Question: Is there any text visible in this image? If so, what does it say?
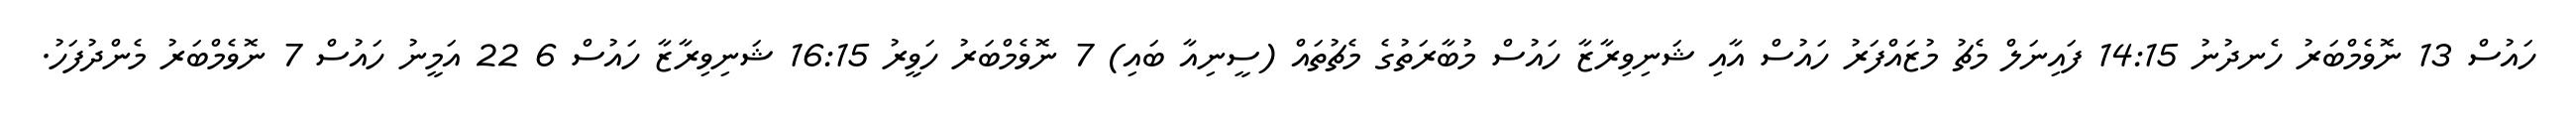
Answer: ހައުސް 13 ނޮވެމްބަރު ހެނދުނު 14:15 ފައިނަލް މެޗު މުޒައްފަރު ހައުސް އާއި ޝަނިވިރާޒާ ހައުސް މުބާރަތުގެ މެޗުތައް (ސީނިއާ ބައި) 7 ނޮވެމްބަރު ހަވީރު 16:15 ޝަނިވިރާޒާ ހައުސް 6 22 އަމީނު ހައުސް 7 ނޮވެމްބަރު މެންދުފަހު.